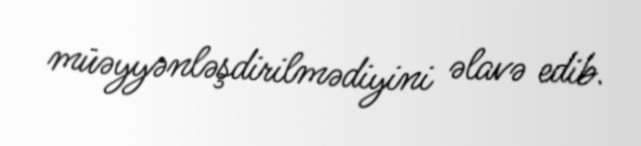
müəyyənləşdirilmədiyini əlavə edib.